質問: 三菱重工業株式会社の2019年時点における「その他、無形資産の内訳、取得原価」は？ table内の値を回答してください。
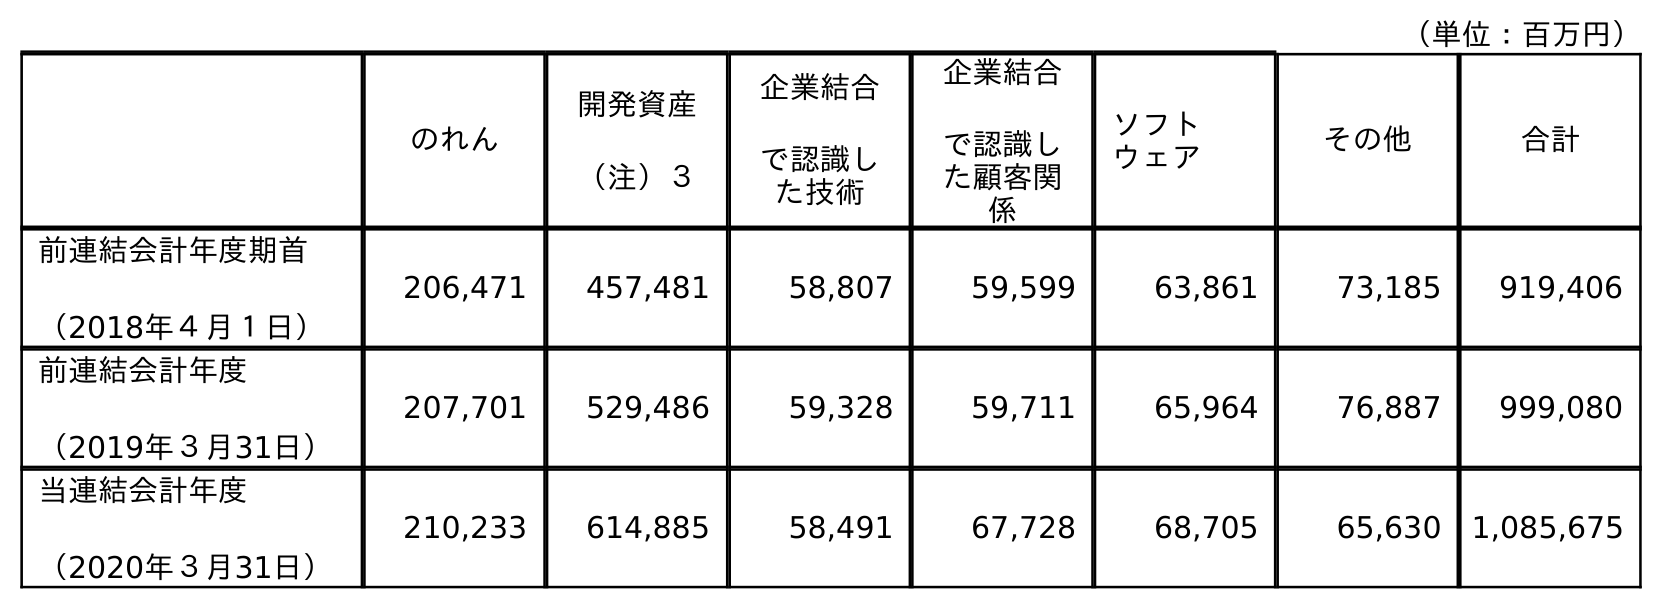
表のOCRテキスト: （単位：百万円） のれん 開発資産 （注）３ 企業結合 で認識し た技術 企業結合 で認識し た顧客関 係 ソフト ウェア その他 合計 前連結会計年度期首 （2018年４月１日） 206,471 457,481 58,807 59,599 63,861 73,185 919,406 前連結会計年度 （2019年３月31日） 207,701 529,486 59,328 59,711 65,964 76,887 999,080 当連結会計年度 （2020年３月31日） 210,233 614,885 58,491 67,728 68,705 65,630 1,085,675
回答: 76,887